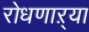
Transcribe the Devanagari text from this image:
रोधणाऱ्या